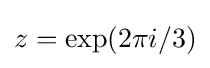
z=\exp(2\pi i/3)